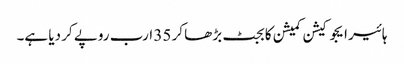
ہائیر ایجوکیشن کمیشن کا بجٹ بڑھا کر 35 ارب روپے کر دیا ہے۔